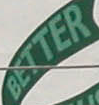
BETTER